Leaving Certificate Examination, 1907
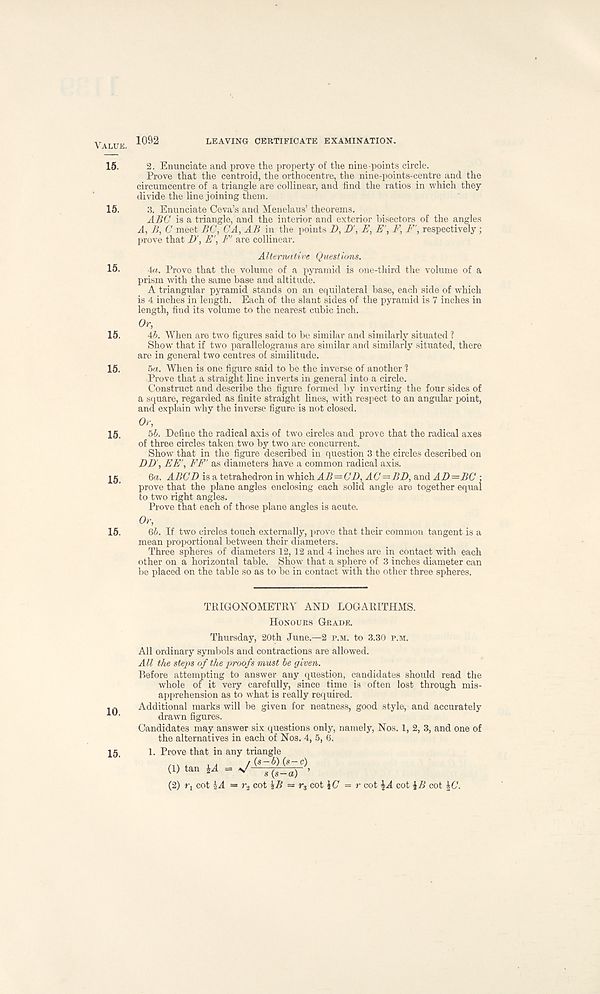
Value. 1092
LEAVING CERTIFICATE EXAMINATION.
15. 2. Enunciate and prove the property of the nine-points circle.
Prove that the centroid, the orthocentre, the nine-points-centre and the
circumcentre of a triangle are collinear, and find the ratios in which they
divide the line joining them.
15. 3. Enunciate Ceva’s and Menelaus’ theorems.
ABC is a triangle, and the interior and exterior bisectors of the angles
A, B, C meet BC, CA, AB in the points Z), Z>' , E, E\ 1<\ F', respectively;
prove that D', E', F' are collinear.
Alternative Questions.
15. Aa. Prove that the volume of a pyramid is one-third the volume of a
prism with the same base and altitude.
A triangular pyramid stands on an equilateral base, each side of which
is 4 inches in length. Each of the slant sides of the pyramid is 7 inches in
length, find its volume to the nearest cubic inch.
Or,
15. 45. When are two figures said to be similar and similarly situated ?
Show that if two parallelograms are similar and similarly situated, there
are in general two centres of similitude.
15. 5a. When is one figure said to be the inverse of another 1
Prove that a straight line inverts in general into a circle.
Construct and describe the figure formed by inverting the four sides of
a square, regarded as finite straight lines, with respect to an angular point,
and explain why the inverse figure is not closed.
Or,
15, 55. Define the radical axis of two circles and prove that the radical axes
of three circles taken two by two are concurrent.
Show that in the figure described in question 3 the circles described on
DD', EE', FF' as diameters have a common radical axis.
ig
6a.
is a tetrahedron in which A^=C'Z>, A(7=j5Z), and AZ)=jBC':
prove that the plane angles enclosing each solid angle are together equal
to two right angles.
Prove that each of those plane angles is acute.
Or,
15. 65. If two circles touch externally, prove that their common tangent is a
mean proportional between their diameters.
Three spheres of diameters 12, 12 and 4 inches are in contact with each
other on a horizontal table. Show that a sphere of 3 inches diameter can
be placed on the table so as to be in contact with the other three spheres.
TRIGONOMETRY AND LOGARITHMS.
Honours Grade.
Thursday, 20th June.—2 p.m. to 3.30 p.m.
All ordinary symbols and contractions are allowed.
All the steps of the proofs must be given.
Before attempting to answer any question, candidates should read the
whole of it very carefully, since time is often lost through mis-
apprehension as to what is really required.
Additional marks will be given for neatness, good style, and accurately
drawn figures.
Candidates may answer six questions only, namely, Nos. 1, 2, 3, and one of
the alternatives in each of Nos. 4, 5, 6.
1. Pi’ove that in any triangle
(2) r x cot \A = r 2 cot \B = r 3 cot JC = r cot ^A cot f/i cot |6 Y .
15.